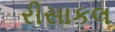
રીસાકલ